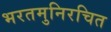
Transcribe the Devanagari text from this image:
भरतमुनिरचित